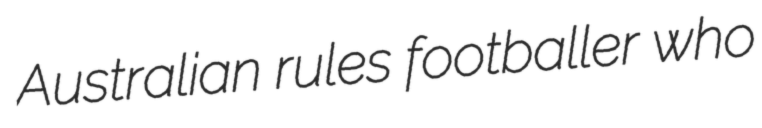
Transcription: Australian rules footballer who